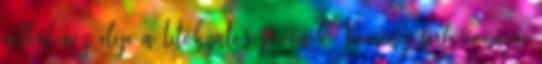
nélkül néz eléje a titokzatos jövőnek. Kemény férfi vonásai